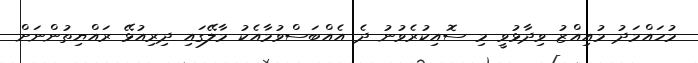
މުހައްމަދު މުއިއްޒު ވިދާޅުވީ މި ސޮއިކުރެވުނު ދެ އެއްބަސްވުމާއެކު މާލޭގައި ދިރިއުޅޭ ރައްޔިތުންނަށް